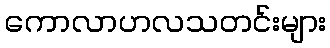
ကောလာဟလသတင်းများ